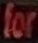
for